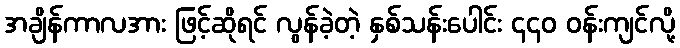
အချိန်ကာလအား ဖြင့်ဆိုရင် လွန်ခဲ့တဲ့ နှစ်သန်းပေါင်း ၄၄၀ ဝန်းကျင်လို့